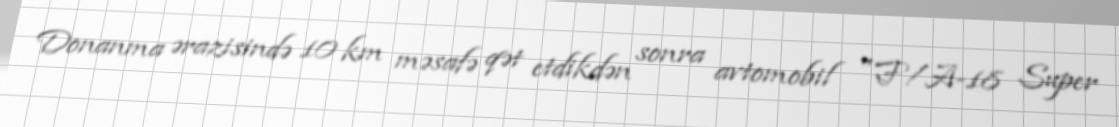
Donanma ərazisində 10 km məsafə qət etdikdən sonra avtomobil "F/A-18 Super